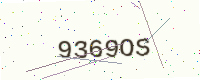
Text: 9369OS